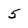
Character: 5